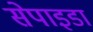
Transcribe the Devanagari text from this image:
सेपाइडा